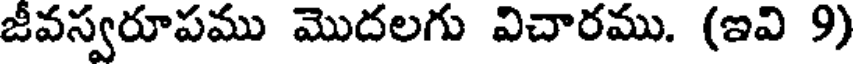
జీవస్వరూపము మొదలగు విచారము. (ఇవి 9)